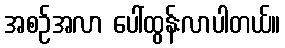
အစဉ်အလာ ပေါ်ထွန်းလာပါတယ်။